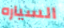
السياره